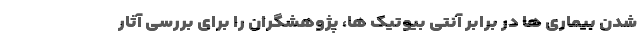
شدن بیماری ها در برابر آنتی بیوتیک ها، پژوهشگران را برای بررسی آثار